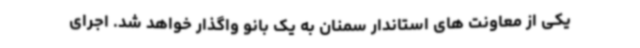
یکی از معاونت های استاندار سمنان به یک بانو واگذار خواهد شد. اجرای